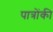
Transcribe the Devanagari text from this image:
पात्रोंकी